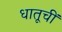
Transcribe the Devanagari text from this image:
धातूचीं